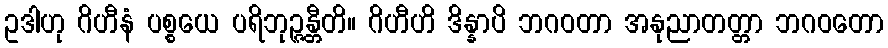
ဥဒါဟု ဂိဟီနံ ပစ္စယေ ပရိဘုဉ္ဇန္တီတိ။ ဂိဟီဟိ ဒိန္နာပိ ဘဂဝတာ အနုညာတတ္တာ ဘဂဝတော